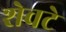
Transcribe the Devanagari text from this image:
शेवटे